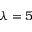
\lambda = 5